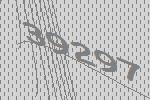
39297